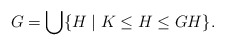
\begin{align*}G=\bigcup\{H\mid K\leq H\leq GH\}. \end{align*}